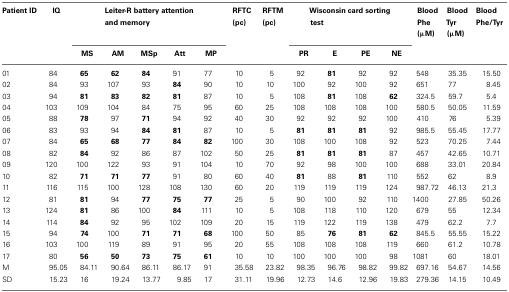
<table><thead><tr><td><b>Patient ID</b></td><td><b>IQ</b></td><td colspan="5"><b>Leiter-R battery attention and memory</b></td><td><b>RFTC (pc)</b></td><td><b>RFTM (pc)</b></td><td colspan="4"><b>Wisconsin card sorting test</b></td><td><b>Blood Phe (μM)</b></td><td><b>Blood Tyr (μM)</b></td><td><b>Blood Phe/Tyr</b></td></tr><tr><td></td><td></td><td><b>MS</b></td><td><b>AM</b></td><td><b>MSp</b></td><td><b>Att</b></td><td><b>MP</b></td><td></td><td></td><td><b>PR</b></td><td><b>E</b></td><td><b>PE</b></td><td><b>NE</b></td><td></td></tr></thead><tbody><tr><td>01</td><td>84</td><td><b>65</b></td><td><b>62</b></td><td><b>84</b></td><td>91</td><td>77</td><td>10</td><td>5</td><td>92</td><td><b>81</b></td><td>92</td><td>92</td><td>548</td><td>35.35</td><td>15.50</td></tr><tr><td>02</td><td>84</td><td>93</td><td>107</td><td>93</td><td><b>84</b></td><td>90</td><td>10</td><td>10</td><td>100</td><td>92</td><td>100</td><td>92</td><td>651</td><td>77</td><td>8.45</td></tr><tr><td>03</td><td>94</td><td><b>81</b></td><td><b>83</b></td><td><b>82</b></td><td><b>81</b></td><td>87</td><td>10</td><td>5</td><td>108</td><td><b>81</b></td><td>108</td><td><b>62</b></td><td>324.5</td><td>59.7</td><td>5.4</td></tr><tr><td>04</td><td>103</td><td>109</td><td>104</td><td>84</td><td>75</td><td>95</td><td>60</td><td>25</td><td>108</td><td>108</td><td>108</td><td>100</td><td>580.5</td><td>50.05</td><td>11.59</td></tr><tr><td>05</td><td>88</td><td><b>78</b></td><td>97</td><td><b>71</b></td><td>94</td><td>92</td><td>40</td><td>30</td><td>92</td><td>92</td><td>92</td><td>100</td><td>410</td><td>76</td><td>5.39</td></tr><tr><td>06</td><td>83</td><td>93</td><td>94</td><td><b>84</b></td><td><b>81</b></td><td>87</td><td>10</td><td>5</td><td><b>81</b></td><td><b>81</b></td><td><b>81</b></td><td>92</td><td>985.5</td><td>55.45</td><td>17.77</td></tr><tr><td>07</td><td>84</td><td><b>65</b></td><td><b>68</b></td><td><b>77</b></td><td><b>84</b></td><td><b>82</b></td><td>100</td><td>30</td><td>108</td><td>100</td><td>108</td><td>92</td><td>523</td><td>70.25</td><td>7.44</td></tr><tr><td>08</td><td>82</td><td><b>84</b></td><td>92</td><td>86</td><td>87</td><td>102</td><td>50</td><td>25</td><td><b>81</b></td><td><b>81</b></td><td><b>81</b></td><td>87</td><td>457</td><td>42.65</td><td>10.71</td></tr><tr><td>09</td><td>120</td><td>100</td><td>122</td><td>93</td><td>91</td><td>104</td><td>10</td><td>70</td><td>92</td><td>98</td><td>100</td><td>100</td><td>688</td><td>33.01</td><td>20.84</td></tr><tr><td>10</td><td>82</td><td><b>71</b></td><td><b>71</b></td><td><b>77</b></td><td>91</td><td>80</td><td>60</td><td>40</td><td><b>81</b></td><td>88</td><td><b>81</b></td><td>110</td><td>552</td><td>62</td><td>8.9</td></tr><tr><td>11</td><td>116</td><td>115</td><td>100</td><td>128</td><td>108</td><td>130</td><td>60</td><td>20</td><td>119</td><td>119</td><td>119</td><td>124</td><td>987.72</td><td>46.13</td><td>21.3</td></tr><tr><td>12</td><td>81</td><td><b>81</b></td><td>94</td><td><b>77</b></td><td><b>75</b></td><td><b>77</b></td><td>25</td><td>5</td><td>90</td><td>100</td><td>92</td><td>110</td><td>1400</td><td>27.85</td><td>50.26</td></tr><tr><td>13</td><td>124</td><td><b>81</b></td><td>86</td><td>100</td><td><b>84</b></td><td>111</td><td>10</td><td>5</td><td>108</td><td>118</td><td>110</td><td>120</td><td>679</td><td>55</td><td>12.34</td></tr><tr><td>14</td><td>114</td><td><b>84</b></td><td>92</td><td>95</td><td>102</td><td>109</td><td>20</td><td>15</td><td>119</td><td>122</td><td>119</td><td>138</td><td>479</td><td>62.2</td><td>7.7</td></tr><tr><td>15</td><td>94</td><td><b>74</b></td><td>100</td><td><b>71</b></td><td><b>71</b></td><td><b>68</b></td><td>100</td><td>50</td><td>85</td><td><b>76</b></td><td><b>81</b></td><td><b>62</b></td><td>845.5</td><td>55.55</td><td>15.22</td></tr><tr><td>16</td><td>103</td><td>100</td><td>119</td><td>89</td><td>91</td><td>95</td><td>20</td><td>55</td><td>108</td><td>108</td><td>108</td><td>119</td><td>660</td><td>61.2</td><td>10.78</td></tr><tr><td>17</td><td>80</td><td><b>56</b></td><td><b>50</b></td><td><b>73</b></td><td><b>75</b></td><td><b>61</b></td><td>10</td><td>10</td><td>100</td><td>100</td><td>100</td><td>98</td><td>1081</td><td>60</td><td>18.01</td></tr><tr><td>M</td><td>95.05</td><td>84.11</td><td>90.64</td><td>86.11</td><td>86.17</td><td>91</td><td>35.58</td><td>23.82</td><td>98.35</td><td>96.76</td><td>98.82</td><td>99.82</td><td>697.16</td><td>54.67</td><td>14.56</td></tr><tr><td>SD</td><td>15.23</td><td>16</td><td>19.24</td><td>13.77</td><td>9.85</td><td>17</td><td>31.11</td><td>19.96</td><td>12.73</td><td>14.6</td><td>12.96</td><td>19.83</td><td>279.36</td><td>14.15</td><td>10.49</td></tr></tbody></table>